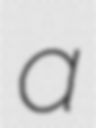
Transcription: a